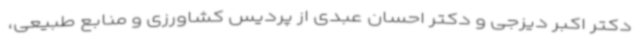
دکتر اکبر دیزجی و دکتر احسان عبدی از پردیس کشاورزی و منابع طبیعی،